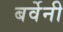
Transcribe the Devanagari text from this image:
बर्वेनी